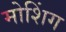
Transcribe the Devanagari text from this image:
मोशिंग